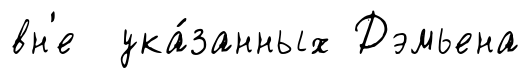
вн'е ука́занных Дэмьена